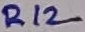
Text: R12